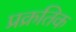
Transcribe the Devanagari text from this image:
प्रक्रतिक